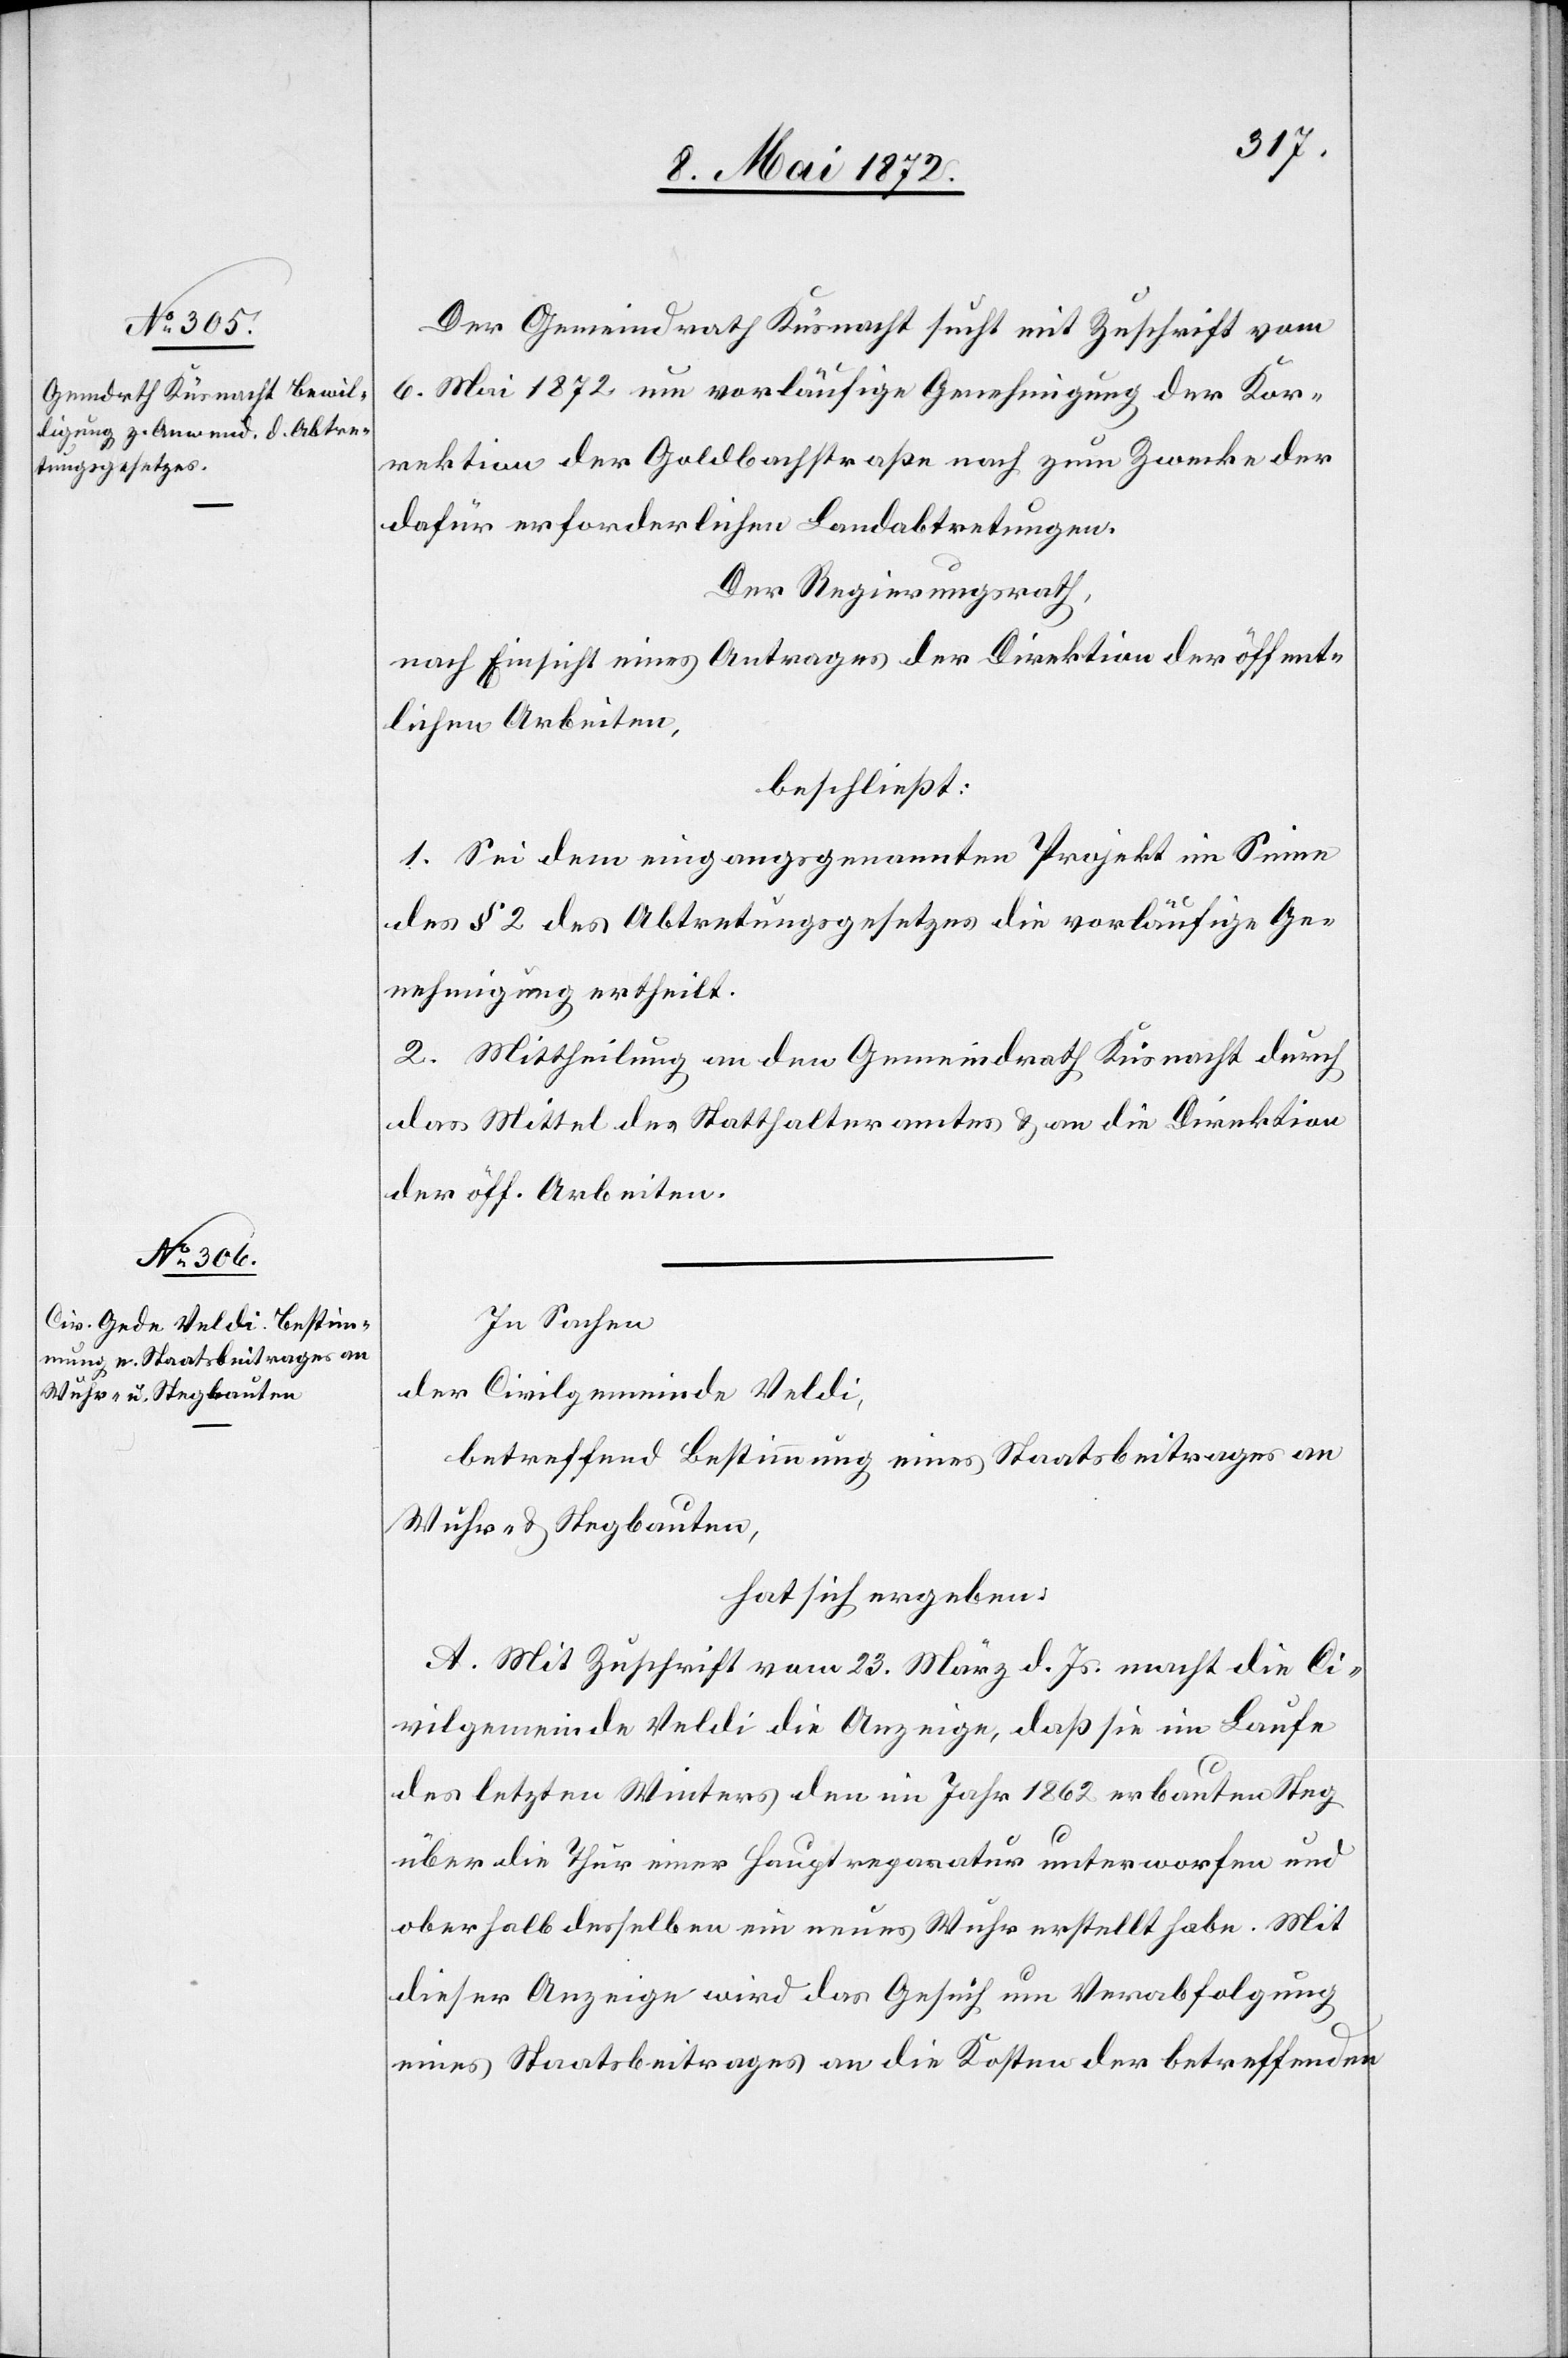
Der Gemeindrath Küsnacht sucht mit Zuschrift vom
6. Mai 1872 um vorläufige Genehmigung der Kor¬
rektion der Goldbacherstraße nach zum Zwecke der
dafür erforderlichen Landabtretungen.
Der Regierungsrath,
nach Einsicht eines Antrages der Direktion der öffent¬
lichen Arbeiten,
beschließt:
1. Sei dem eingangsgenannten Projekt im Sinne
des § 2 des Abtretungsgesetzes die vorläufige Ge¬
nehmigung ertheilt.
2. Mittheilung an den Gemeindrath Küsnacht durch
das Mittel des Statthalteramtes u. an die Direktion
der öff. Arbeiten.
In Sachen
der Civilgemeinde Veldi,
betreffend Bestimmung eines Staatsbeitrages an
Wuhr- u. Stegbauten,
hat sich ergeben:
A. Mit Zuschrift vom 23. März d. Js. macht die Ci¬
vilgemeinde Veldi die Anzeige, daß sie im Laufe
des letzten Winters den im Jahr 1862 erbauten Steg
über die Thur einer Hauptreparatur unterworfen und
oberhalb desselben ein neues Wuhr erstellt habe. Mit
dieser Anzeige wird das Gesuch um Verabfolgung
eines Staatsbeitrages an die Kosten der betreffenden